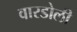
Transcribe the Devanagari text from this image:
वारडोली